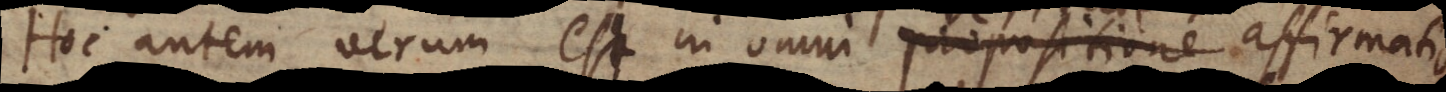
Hoc autem verum est in omni propositione affirmativa